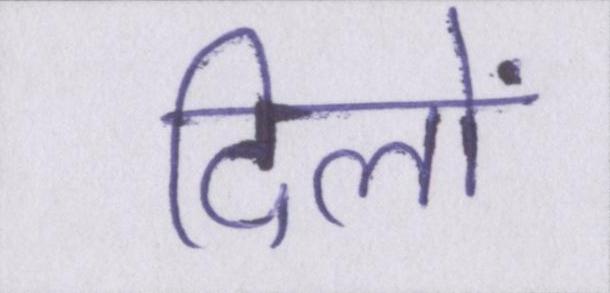
दिलों